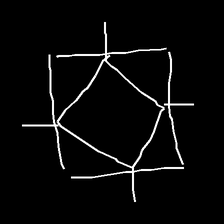
Glyph: light